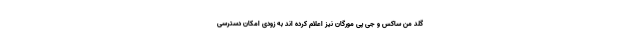
گلد من ساکس و جی پی مورگان نیز اعلام کرده اند به زودی امکان دسترسی